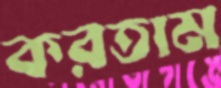
করতাম